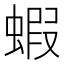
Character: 蝦